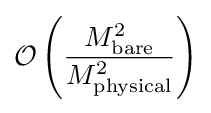
{\mathcal {O}}\left({\frac {M_{\mathrm {bare} }^{2}}{M_{\mathrm {physical} }^{2}}}\right)